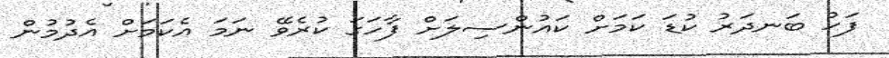
ފަހު ބަނދަރު ކުޑަ ކަމަށް ކައުންސިލަށް ފާހަގަ ކުރެވޭ ނަމަ އެކަމަށް އެދުމުން